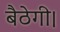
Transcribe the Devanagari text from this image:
बैठेगी।